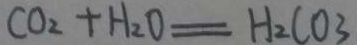
C O _ { 2 } + H _ { 2 } O = H _ { 2 } C O _ { 3 }